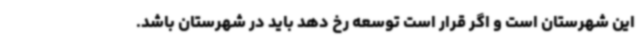
این شهرستان است و اگر قرار است توسعه رخ دهد باید در شهرستان باشد.